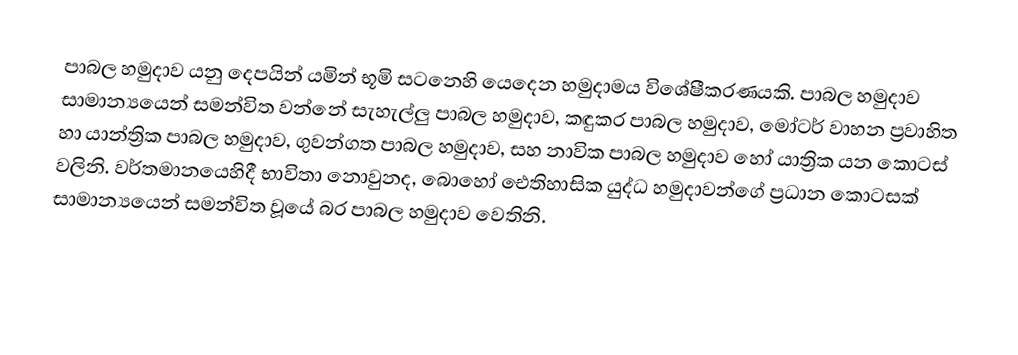
පාබල හමුදාව යනු දෙපයින් යමින් භූමි සටනෙහි යෙදෙන හමුදාමය විශේෂීකරණයකි. පාබල හමුදාව සාමාන්‍යයෙන් සමන්විත වන්නේ සැහැල්ලු පාබල හමුදාව, කඳුකර පාබල හමුදාව,  මෝටර් වාහන ප්‍රවාහිත හා යාන්ත්‍රික පාබල හමුදාව,  ගුවන්ගත පාබල හමුදාව, සහ නාවික පාබල හමුදාව හෝ යාත්‍රික යන කොටස් වලිනි. වර්තමානයෙහිදී භාවිතා නොවුනද, බොහෝ ඓතිහාසික යුද්ධ හමුදාවන්ගේ ප්‍රධාන කොටසක් සාමාන්‍යයෙන් සමන්විත වූයේ බර පාබල හමුදාව වෙතිනි.